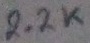
Text: 2.2K